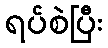
ရပ်စဲပြီး